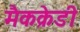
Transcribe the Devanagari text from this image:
मैकक्रेडी